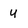
Character: 4